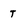
Character: T